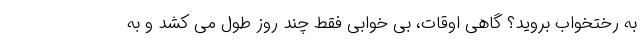
به رختخواب بروید؟ گاهی اوقات، بی خوابی فقط چند روز طول می کشد و به